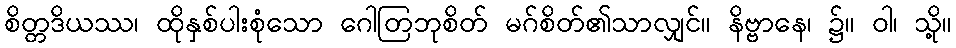
စိတ္တဒိယဿ၊ ထိုနှစ်ပါးစုံသော ဂေါတြဘုစိတ် မဂ်စိတ်၏သာလျှင်။ နိဗ္ဗာနေ၊ ၌။ ဝါ၊ သို့။